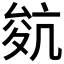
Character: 𡕬